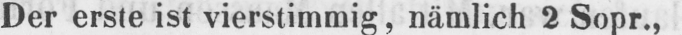
Der erste ist vierstimmig, nämlich 2 Sopr.,